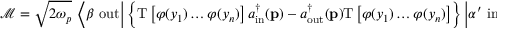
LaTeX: { \mathcal { M } } = { \sqrt { 2 \omega _ { p } } } \ \left\langle \beta \ \mathrm { o u t } { \bigg | } \left\{ \mathrm { T } \left[ \varphi ( y _ { 1 } ) \ldots \varphi ( y _ { n } ) \right] a _ { \mathrm { i n } } ^ { \dagger } ( \mathbf { p } ) - a _ { \mathrm { o u t } } ^ { \dagger } ( \mathbf { p } ) \mathrm { T } \left[ \varphi ( y _ { 1 } ) \ldots \varphi ( y _ { n } ) \right] \right\} { \bigg | } \alpha ^ { \prime } \ \mathrm { i n } \right\rangle